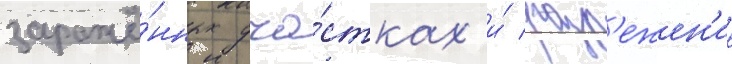
заражё́нных уча́стках и́ разр'ежен'ие